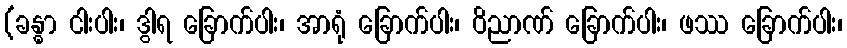
(ခန္ဓာ ငါးပါး၊ ဒွါရ ခြောက်ပါး၊ အာရုံ ခြောက်ပါး၊ ဝိညာဏ် ခြောက်ပါး၊ ဖဿ ခြောက်ပါး၊